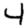
Digit: 4